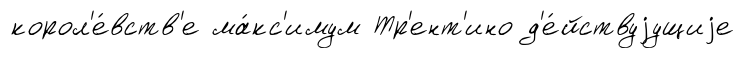
корол'е́вств'е ма́кс'имум Тр'ент'ино д'е́йствуjущиjе